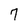
Character: 7